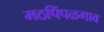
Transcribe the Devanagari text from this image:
मठपिंपळगाव